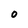
Character: 0